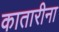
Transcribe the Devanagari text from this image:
कातारीना